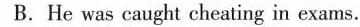
B. He was caught cheating in exams.